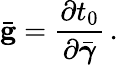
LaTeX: \bar{\mathbf g}=\frac{\partial t_{0}}{\partial\bar{\boldsymbol{\gamma}}}\, .